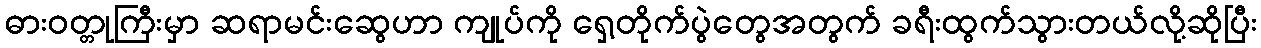
ဓားဝတ္တုကြီးမှာ ဆရာမင်းဆွေဟာ ကျုပ်ကို ရှေ့တိုက်ပွဲတွေအတွက် ခရီးထွက်သွားတယ်လို့ဆိုပြီး